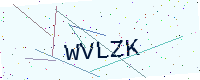
Text: WVLZK